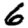
Digit: 6